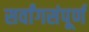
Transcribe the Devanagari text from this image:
सर्वांगसंपूर्ण